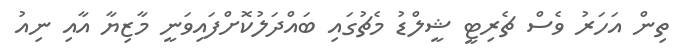
ތިން އަހަރު ވެސް ޗެރިޓީ ޝީލްޑު މެޗުގައި ބައްދަލުކޮށްފައިވަނީ މާޒިޔާ އާއި ނިއު